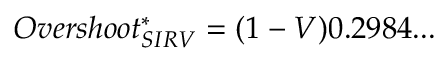
\begin{array} { r } { O v e r s h o o t _ { S I R V } ^ { * } = ( 1 - V ) 0 . 2 9 8 4 . . . } \end{array}